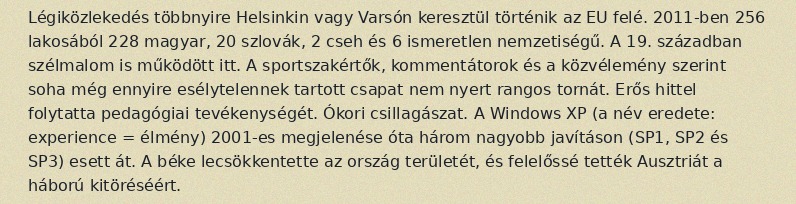
Légiközlekedés többnyire Helsinkin vagy Varsón keresztül történik az EU felé. 2011-ben 256 lakosából 228 magyar, 20 szlovák, 2 cseh és 6 ismeretlen nemzetiségű. A 19. században szélmalom is működött itt. A sportszakértők, kommentátorok és a közvélemény szerint soha még ennyire esélytelennek tartott csapat nem nyert rangos tornát. Erős hittel folytatta pedagógiai tevékenységét. Ókori csillagászat. A Windows XP (a név eredete: experience = élmény) 2001-es megjelenése óta három nagyobb javításon (SP1, SP2 és SP3) esett át. A béke lecsökkentette az ország területét, és felelőssé tették Ausztriát a háború kitöréséért.